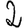
Digit: 2